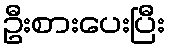
ဦးစားပေးပြီး